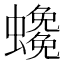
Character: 𧓰